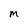
Character: M